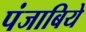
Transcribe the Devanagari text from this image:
पंजाबिये